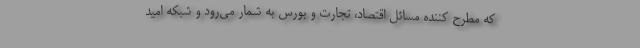
که مطرح کننده مسائل اقتصاد، تجارت و بورس به شمار می‌رود و شبکه امید